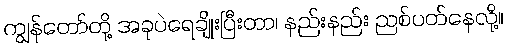
ကျွန်တော်တို့ အခုပဲရေချိုးပြီးတာ၊ နည်းနည်း ညစ်ပတ်နေလို့။